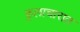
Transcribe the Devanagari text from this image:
कुलाचारात